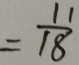
= \frac { 1 1 } { 1 8 }